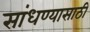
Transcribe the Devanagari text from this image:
सांधण्यासाठी